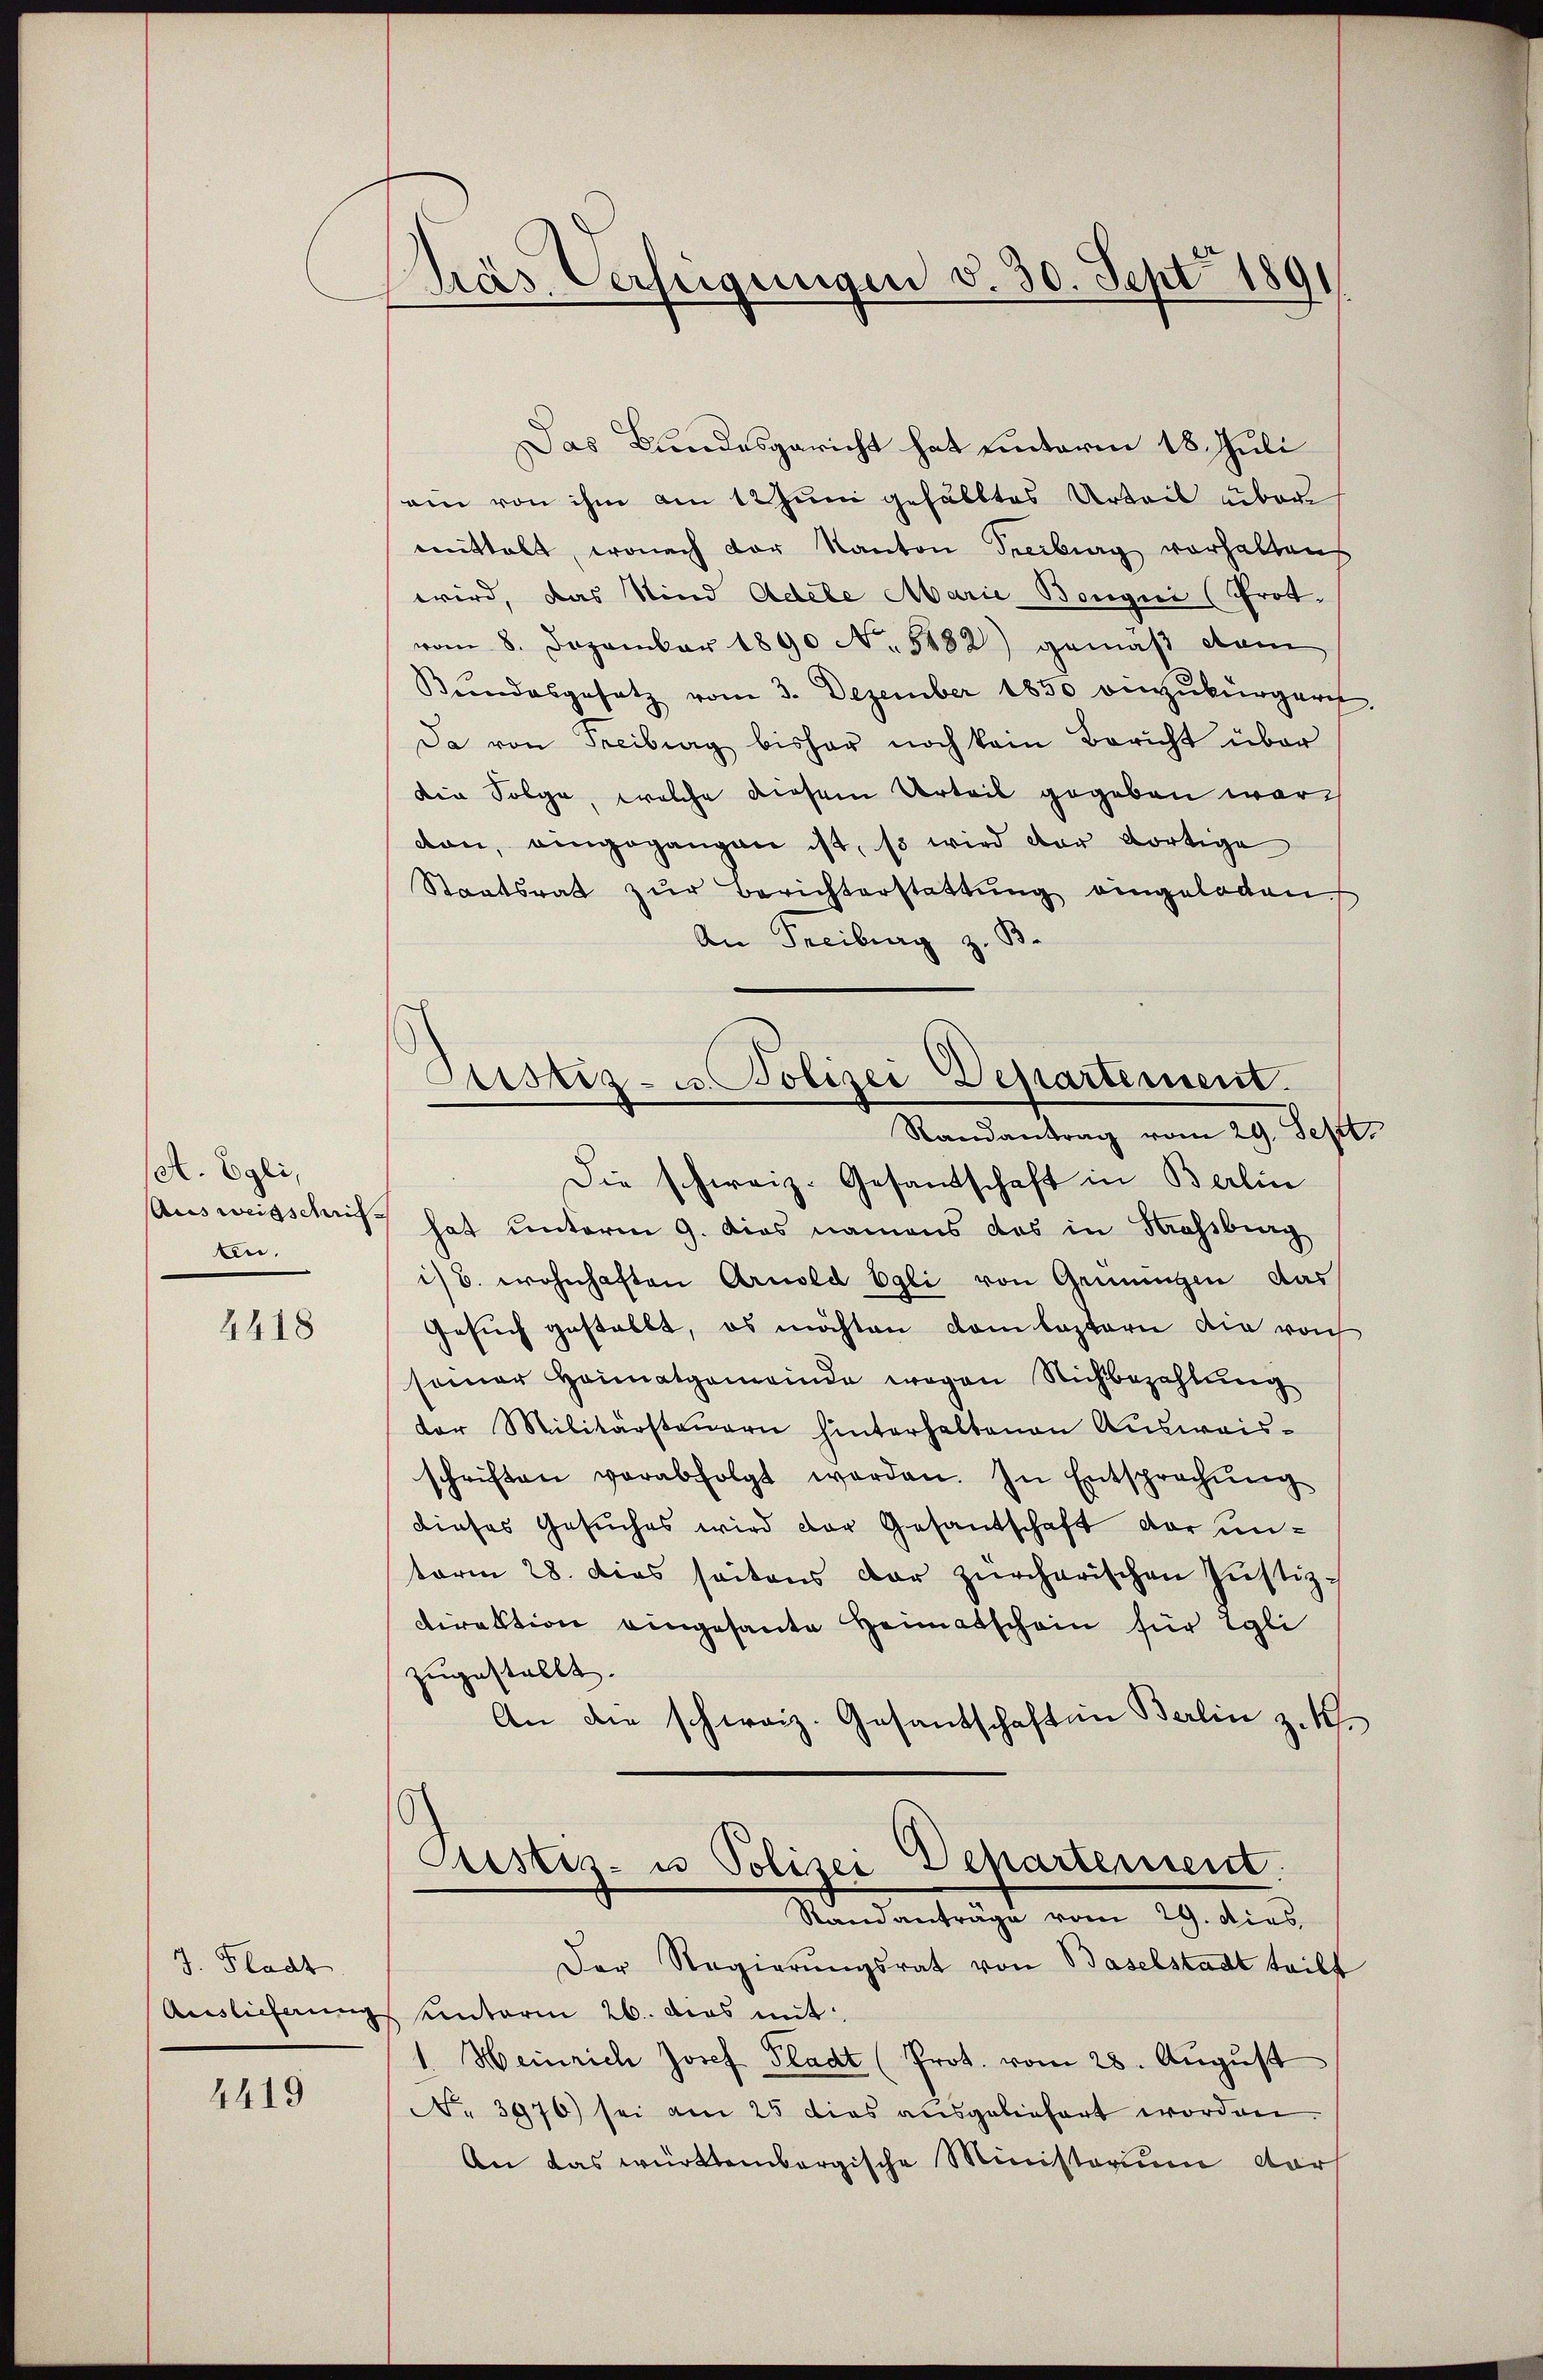
set. Egli,
ten.

4418

J. Fladt
Auslieferung

4419

Präs. Verfeigungen d. 30. Sept. 1891

Justiz- u. Polizei Departement.
Randantrag vom 29. Sept

Das Bundesgericht hat unterm 18. Juli
ein von ihm am 12 Juni gefälltes Urteil über
mittalt, wonach der Kanton Treiburg vorhalten
wird, das Kind Adele Marie Bongni (Frot.
vom 8. Dezember 1890 No. 5482) gemäß dem
Bundesgesetz vom 3. Dezember 1850 einzukürgaret
Da von Freiburg bisher noch kein Bericht über
die Folge, welche diesem Urteil gegeben ware
dan, eingegangen ist, so wird der dortige
Staatsrat zŭr Berichterstattŭng eingeladen
An Freiburg z. B.
Die schweiz. Gesandtschaft in Berlin
Ausweisschus hat unterm 9. dies namens das in Strassburg
i/8. wohnhaften Arnold Egli von Gemeingen das
Gesuch gestellt, es möchten vom leztern die von
seiner Heimatgemeinde wegen Nichbezahlung
der Militärsteuern hinterhaltenen Ausweisschriften verabfolgt werden. In Entsprechŭng
dieses Gesuches wird der Gesandschaft vor unterm 28. Dies seitens der zürcherischen Justiz-
direktion eingesante Heimatschein für Egli
zugestellt.
An die schweiz. Gesantschaft in Berlin z. B.
Pustes- u Polizei Departement.
Standenträgt vom 19. dies
Der Regierŭngsrat von Baselstadt teilt
entorin 26. das mit
1. Heinrich Josef Pladt (Prot. vom 28. August
No. 3976) sei am 25 dies ausgeliefert worden.
An das württembergische Ministerium dar